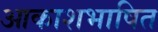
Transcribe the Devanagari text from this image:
आकाशभाषित